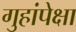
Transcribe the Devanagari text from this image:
गुहांपेक्षा